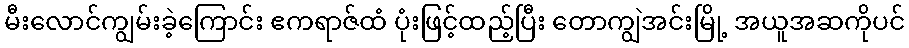
မီးလောင်ကျွမ်းခဲ့ကြောင်း ဧကရာဇ်ထံ ပုံးဖြင့်ထည့်ပြီး တောကျွဲအင်းမြို့ အယူအဆကိုပင်